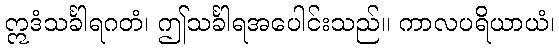
ဣဒံသင်္ခါရဂတံ၊ ဤသင်္ခါရအပေါင်းသည်။ ကာလပရိယာယံ၊